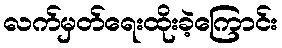
လက်မှတ်ရေးထိုးခဲ့ကြောင်း